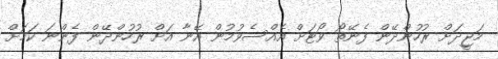
މަޖީދަށް ރުހުންދޭން ފެނޭތޯ ވޯޓަށް އެއްސެވުމުން އޭނާ އަށް ރުހުންދޭން ފެންނަ ކަމަށް